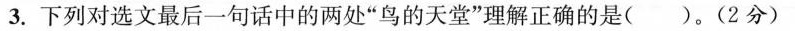
3.下列对选文最后一句话中的两处”鸟的天堂”理解正确的是()。(2分)